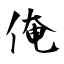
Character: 俺